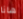
هانا